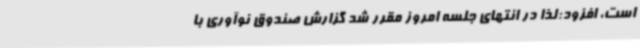
است، افزود:لذا در انتهای جلسه امروز مقرر شد گزارش صندوق نوآوری با